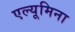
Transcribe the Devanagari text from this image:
एल्यूमिना